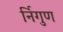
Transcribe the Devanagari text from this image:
र्निगुण